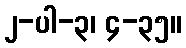
၂-ပါ-၃၊ ၄-၃၅။